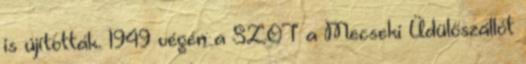
is újították. 1949 végén a SZOT a Mecseki Üdülőszállót